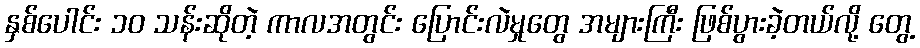
နှစ်ပေါင်း ၁၀ သန်းဆိုတဲ့ ကာလအတွင်း ပြောင်းလဲမှုတွေ အများကြီး ဖြစ်ပွားခဲ့တယ်လို့ တွေ့